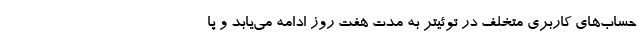
حساب‌های کاربری متخلف در توئیتر به مدت هفت روز ادامه می‌یابد و پا